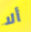
ألا